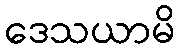
ဒေသယာမိ